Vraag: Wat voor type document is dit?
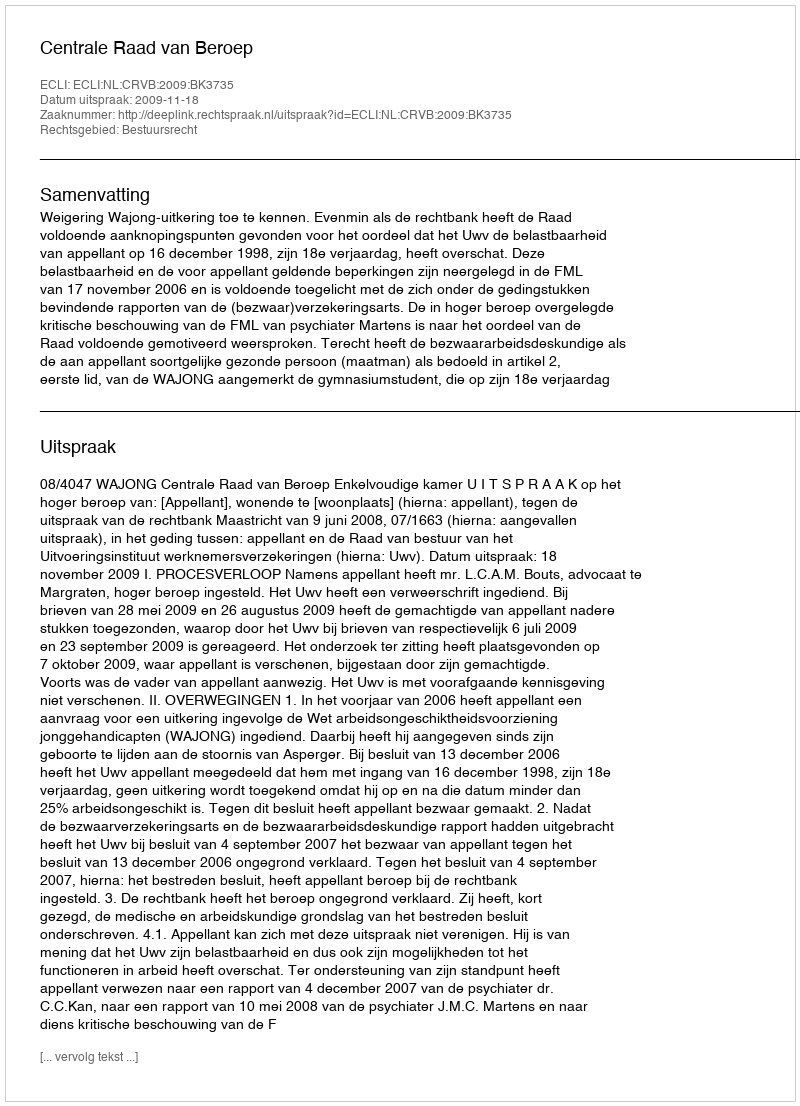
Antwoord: Uitspraak